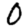
Digit: 0